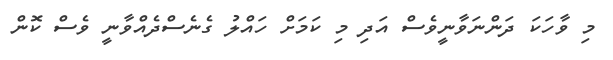
މި ވާހަކަ ދަންނަވާނީވެސް އަދި މި ކަމަށް ހައްލު ގެނެސްދެއްވާނީ ވެސް ކޮން